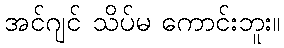
အင်ဂျင် သိပ်မ ကောင်းဘူး။